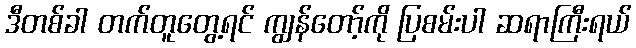
ဒီတစ်ခါ တက်တူတွေ့ရင် ကျွန်တော့်ကို ပြစမ်းပါ ဆရာကြီးရယ်